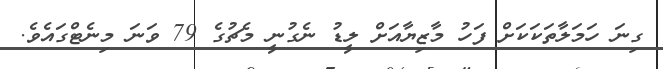
ގިނަ ހަމަލާތަކަކަށް ފަހު މާޒިޔާއަށް ލީޑު ނެގުނީ މެޗުގެ 79 ވަނަ މިނެޓްގައެވެ.